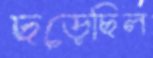
ছড়েছিল